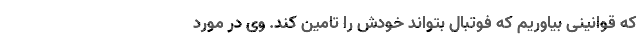
که قوانینی بیاوریم که فوتبال بتواند خودش را تامین کند. وی در مورد